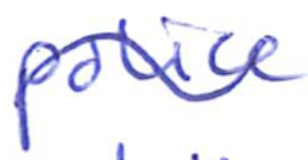
Text: police
Cross-out: mix
Writing tool: ballpoint